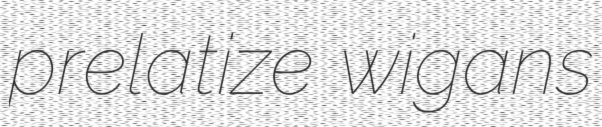
prelatize wigans